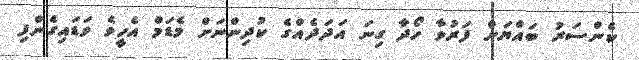
ކެންސަރު ބައްޔަށް ފަރުވާ ހޯދާ ގިނަ އަދަދެއްގެ ކުދިންނަށް މެޑަމް އެހީވެ ވަޑައިގެންފި